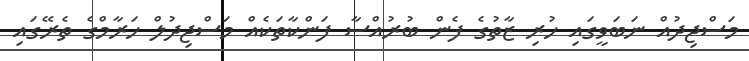
މަސްޖިދުއް ނަބަވީގައި ހުރި ޒާތުގެ ފެން ބުރުއްސާ ފަންކާތަކެއް މަސްޖިދުލް ހަރާމްގެ ތެރޭގައި